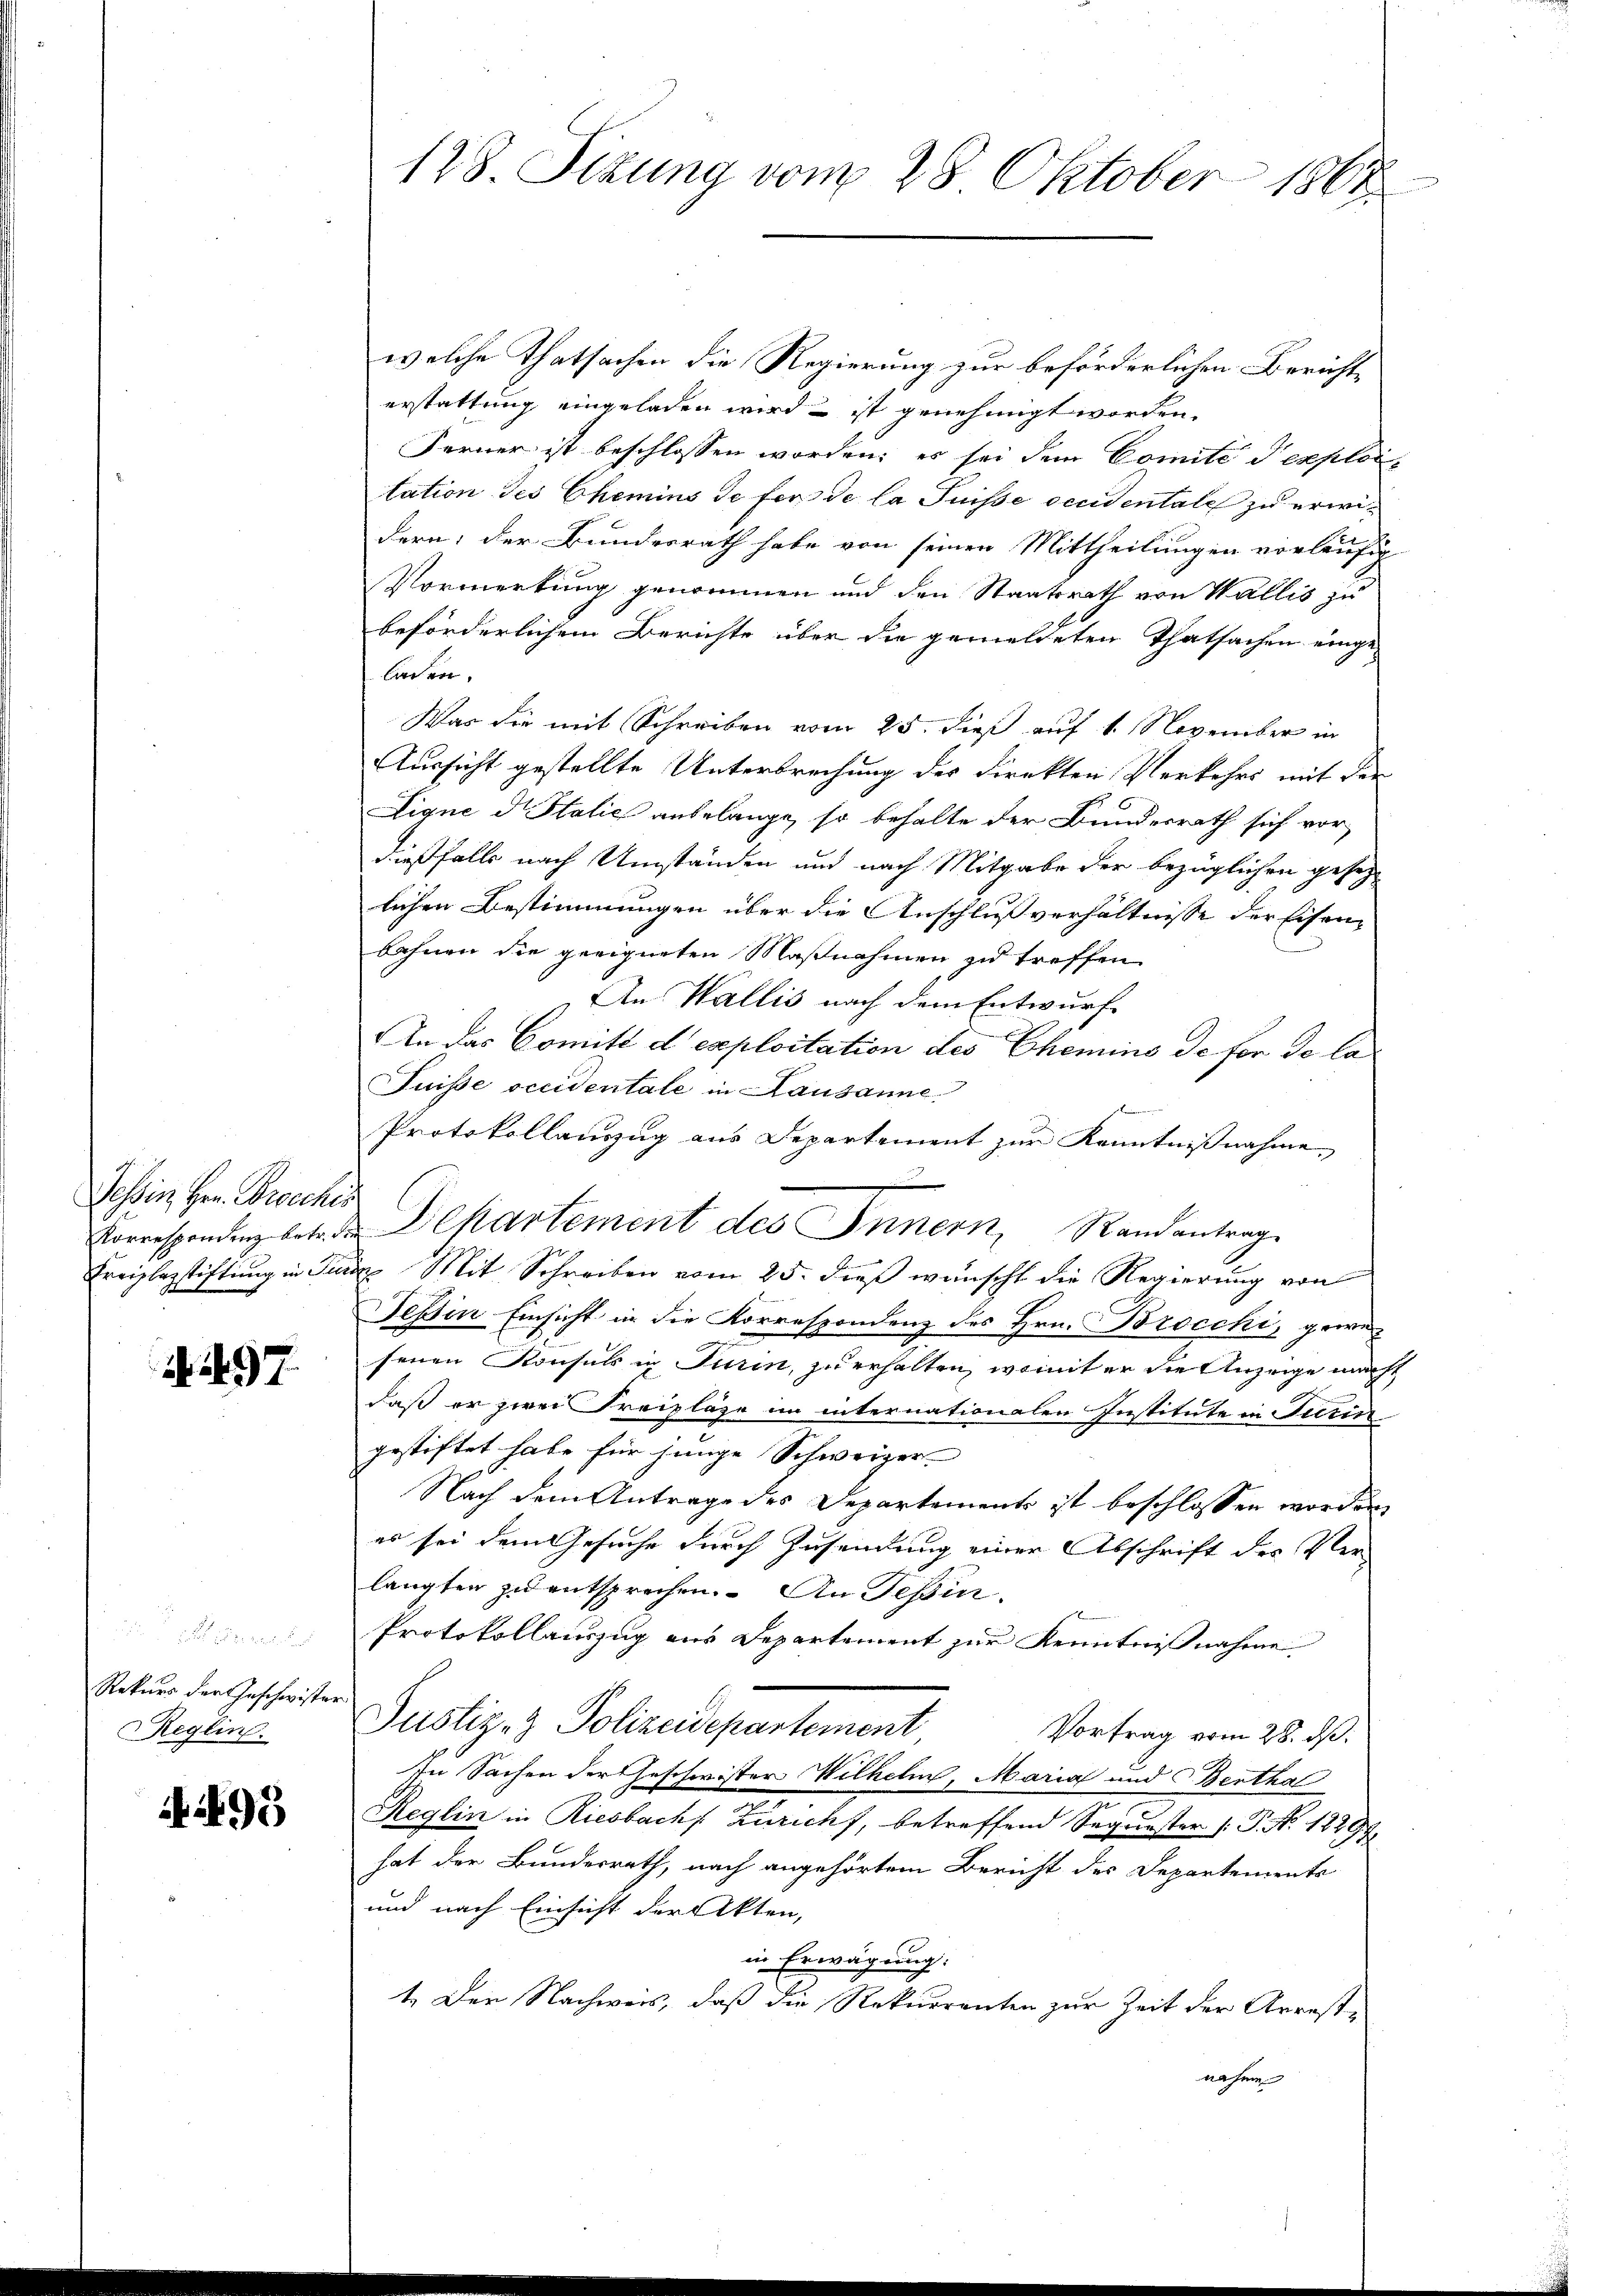
Sohin Herr Berechen

97

2 x
Rekurs der Geschwister
Reglin.

A 495

128. Sizung vom 28. Oktober 1864

welche Thatsachen die Regierung zur beförderlichen Bericht
erstattung eingeladen wird – ist genehmigt worden.
Ferner ist beschlossen worden; es sei dem Comité exploi,
tation des Chemins de fer de la Puisse occidentale zu erwidern; der Bundesrath habe von seinen Mittheilungen vorläufig
Vormerkung genommen und den Staatsrath von Wallis zu
beförderlichem Berichte über die gemeldeten Thatsachen eingeladen.
Was die mit Schreiben vom 25. dieß auf 1. November in
Aussicht gestellte Unterbrechung des Direkten Verkehrs mit der
Ligne d. Stalić anbelange, so behalte der Bundesrath sich vor,
dießfalls nach Umständen und nach Mitgabe der bezüglichen gesetz
lichen Bestimmungen über die Anschlußverhältnisse der Eisenbahnen die geeigneten Maßnahmen zu treffen
An Wallis nach dem Entwurf
An das Comité d’exploitation des Chemins de für de la
Suisse occidentale in Lausanne
Protokollauszug aus Departement zur Kenntnißnahme
d
Korrespondenz betr. d. Departement des Innern, Randantrag
Freizlagstiftung in Juris Mit Schreiben vom 25. dieß wünscht die Regierung von
Tessin Einsicht in die Korrespondenz des Hrn. Brocchi, gewe
senen Konsuls in Turin, zu erhalten, womit er die Anzeige macht
daß er zwei Freipläge im internationalen Institute in Turin
gestiftet habe für junge Schweizer-
Nach dem Antrage des Departements ist beschlossen worden,
es sei dem Gesuche durch Zusendung einer Abschrift des Verlangten zu entsprechen. An Tessin.
Protokollauszug aus Departement zur Kenntnißnahme
Justiz- & Polizeidepartement
Vortrag vom 28. ds.
In Sachen der Geschwister Wilhelm, Maria und Bentha
Reglin in Riesbach Zuricht, betreffend Sequester (P. Nr. 18297
hat der Bundesrath, nach angehörtem Bericht des Departements
und nach Einsicht der Akten,
in Erwägung:
1. Der Nachweis, daß die Rekurrenten zur Zeit der Arrestnahme